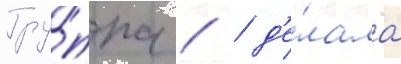
Гру́ппа   д'е́лала